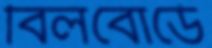
বিলবোর্ডে